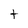
Character: t